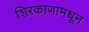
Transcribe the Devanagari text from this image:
शिरकाणामधून